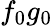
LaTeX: f_{0}g_{0}